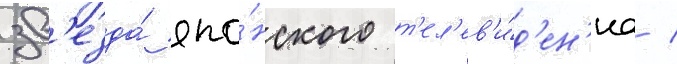
зв'езда́ япо́нского т'ел'ев'и́д'ен'иа /